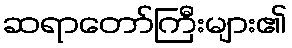
ဆရာတော်ကြီးများ၏